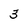
Character: 3